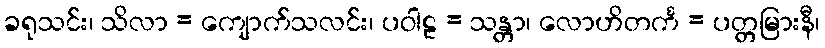
ခရုသင်း၊ သိလာ = ကျောက်သလင်း၊ ပဝါဠ = သန္တာ၊ လောဟိတင်္က = ပတ္တမြားနီ၊